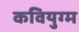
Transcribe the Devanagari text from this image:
कवियुग्म